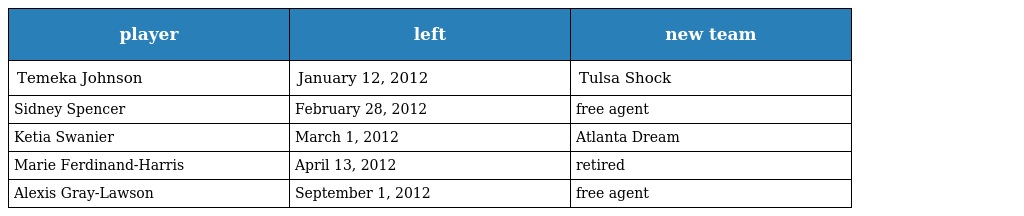
| player | left | new team |
 | --- | --- | --- |
 | Temeka Johnson | January 12, 2012 | Tulsa Shock |
 | Sidney Spencer | February 28, 2012 | free agent |
 | Ketia Swanier | March 1, 2012 | Atlanta Dream |
 | Marie Ferdinand-Harris | April 13, 2012 | retired |
 | Alexis Gray-Lawson | September 1, 2012 | free agent |